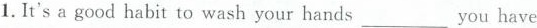
1.It's a good habit to wash your hands ___ you have